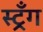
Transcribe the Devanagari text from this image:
स्ट्रँग